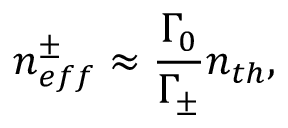
n _ { e f f } ^ { \pm } \approx \frac { \Gamma _ { 0 } } { \Gamma _ { \pm } } n _ { t h } ,